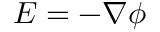
E = - \nabla \phi